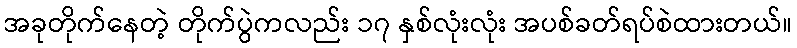
အခုတိုက်နေတဲ့ တိုက်ပွဲကလည်း ၁၇ နှစ်လုံးလုံး အပစ်ခတ်ရပ်စဲထားတယ်။